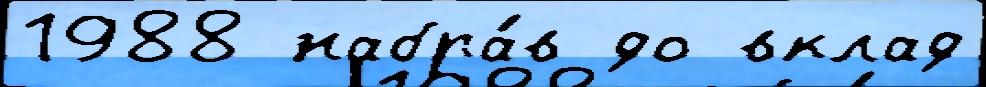
1988 набра́в до вклад